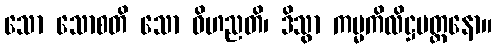
သော သောစတိ သော ဝိဟညတိ၊ ဒိသွာ ကမ္မကိလိဋ္ဌမတ္တနော။